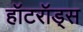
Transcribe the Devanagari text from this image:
हॉटरॉड्स